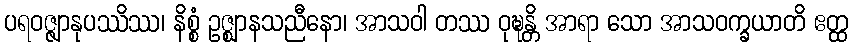
ပရဝဇ္ဇျာနုပဿိဿ၊ နိစ္စံ ဥဇ္ဈာနသညီနော၊ အာသဝါ တဿ ဝုဍ္ဎန္တိ အာရာ သော အာသဝက္ခယာတိ ဧတ္ထ